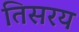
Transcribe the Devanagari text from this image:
तिसरय